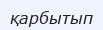
қарбытып